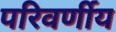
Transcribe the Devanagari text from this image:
परिवर्णीय